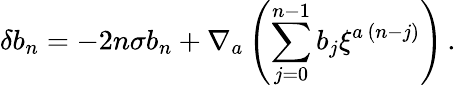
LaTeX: \delta b_{n}=-2n\sigma b_{n}+\nabla_{a}\left(\sum_{j=0}^{n-1}b_{j}\xi^{a\, (n-j)}\right)\, .